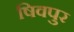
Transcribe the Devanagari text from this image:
षिवपुर